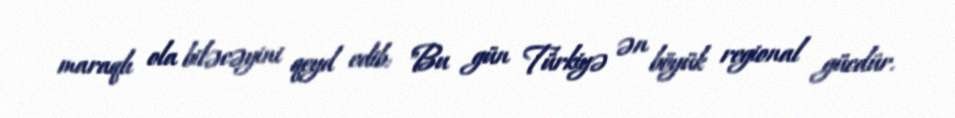
maraqlı ola biləcəyini qeyd edib: "Bu gün Türkiyə ən böyük regional gücdür.